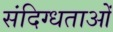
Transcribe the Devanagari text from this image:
संदिग्धताओं